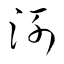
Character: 洌